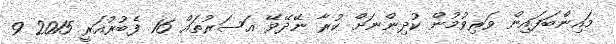
މައިންބަފައިން ވަރިވުމުން ކުދިންނަށް ކުރާ ނޭދޭވޭ އަސަރުތައް 16 ފެބުރުއަރީ 2015 9